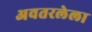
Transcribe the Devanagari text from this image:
अवतरलेला